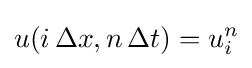
u(i\,\Delta x,n\,\Delta t)=u_{i}^{n}